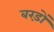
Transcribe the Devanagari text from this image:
बरड़ों